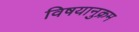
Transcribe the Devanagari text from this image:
विषयानुक्रम